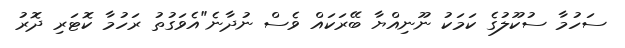
ސަހުމާ ސުކޫލުގެ ކަމަކު ނޫނިއްޔާ ބޭރަކައް ވެސް ނުދާނެ"އެވަގުތު ރަހުމާ ކޮޓަރި ދޮރު